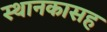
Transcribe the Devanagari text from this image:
स्थानकासह